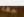
جعة